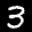
Label: 3